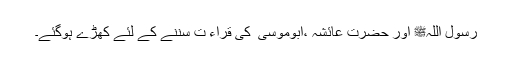
رسول اللہﷺ اور حضرت عائشہؓ ،ابوموسیٰ ؓ کی قراء ت سننے کے لئے کھڑے ہوگئے۔